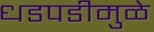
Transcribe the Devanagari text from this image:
धडपडीमुळे